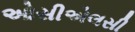
ઓસીએલસી